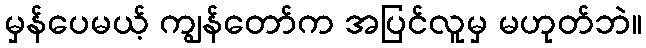
မှန်ပေမယ့် ကျွန်တော်က အပြင်လူမှ မဟုတ်ဘဲ။